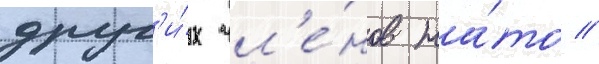
друг'и́х чл'е́нов на́то //